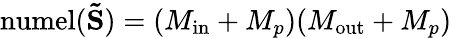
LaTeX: \mathrm{numel}(\mathbf{\tilde{S}})=(M_{\mathrm{in}}+M_{p})(M_{\mathrm{out}}+M_{p})